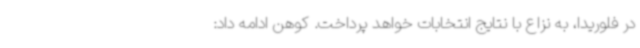
در فلوریدا، به نزاع با نتایج انتخابات خواهد پرداخت. کوهن ادامه داد: